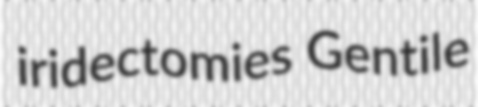
iridectomies Gentile